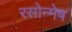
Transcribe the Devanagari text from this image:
रसोन्मेष